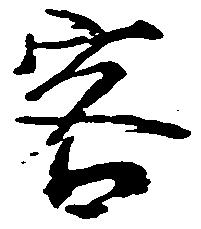
客